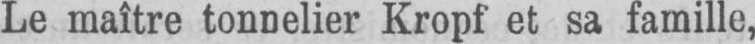
Le maître tonnelier Kropf et sa famille,